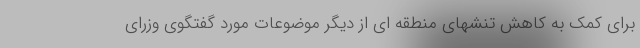
برای کمک به کاهش تنشهای منطقه ای از دیگر موضوعات مورد گفتگوی وزرای